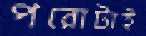
পরোটাই